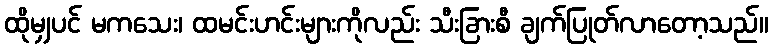
ထိုမျှပင် မကသေး၊ ထမင်းဟင်းများကိုလည်း သီးခြားစီ ချက်ပြုတ်လာတော့သည်။